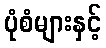
ပုံစံများနှင့်